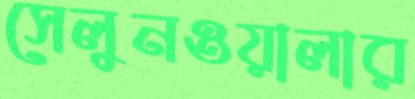
সেলুনওয়ালার